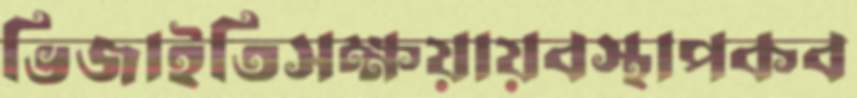
ভিজাইতিসক্ষয়ায়বস্থাপকব